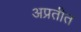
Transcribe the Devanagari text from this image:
अप्रतीत